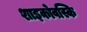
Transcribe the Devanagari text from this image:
शाइकोवस्कि